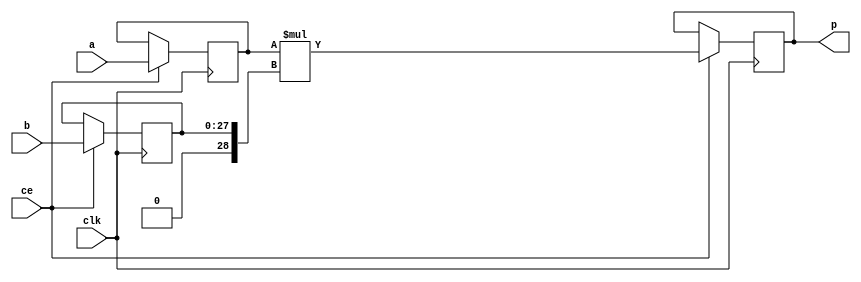
module hls_saturation_enpcA_MulnS_0(clk, ce, a, b, p);
input clk;
input ce;
input[29 - 1 : 0] a; 
input[28 - 1 : 0] b; 
output[47 - 1 : 0] p;
reg signed [29 - 1 : 0] a_reg0;
reg [28 - 1 : 0] b_reg0;
wire signed [47 - 1 : 0] tmp_product;
reg signed [47 - 1 : 0] buff0;
assign p = buff0;
assign tmp_product = a_reg0 * $signed({1'b0, b_reg0});
always @ (posedge clk) begin
    if (ce) begin
        a_reg0 <= a;
        b_reg0 <= b;
        buff0 <= tmp_product;
    end
end
endmodule